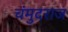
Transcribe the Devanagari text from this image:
चंमुदराज